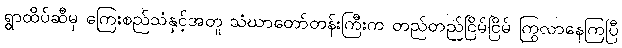
ရွာထိပ်ဆီမှ ကြေးစည်သံနှင့်အတူ သံဃာတော်တန်းကြီးက တည်တည်ငြိမ်ငြိမ် ကြွလာနေကြပြီ